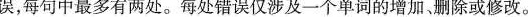
误,每句中最多有两处.每处错误仅涉及一个单词的增加，除或修改。